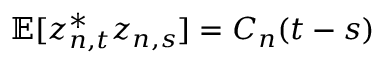
\mathbb { E } [ z _ { n , t } ^ { * } z _ { n , s } ] = C _ { n } ( t - s )